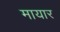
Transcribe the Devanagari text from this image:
मायार